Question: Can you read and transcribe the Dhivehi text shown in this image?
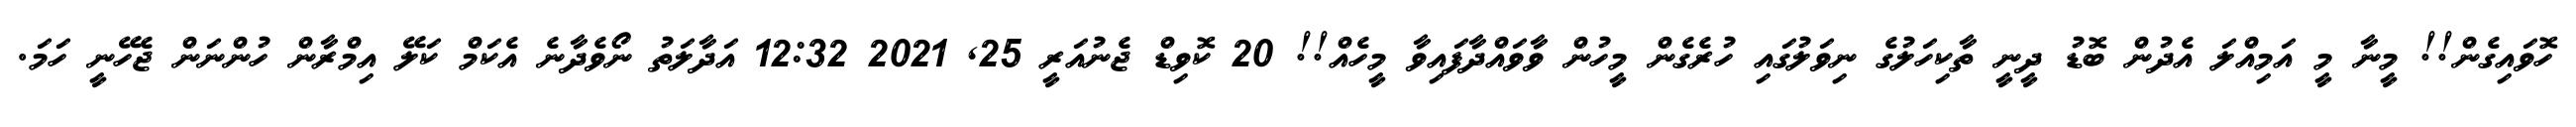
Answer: ހޮވައިގެން!! މީނާ މީ އަމިއްލަ އެދުން ބޮޑު ދީނީ ތާކިހަލުގެ ނިވަލުގައި ހުރެގެން މީހުން ވާވައްދާފައިވާ މީހެއް!! 20 ކޮވިޑް ޖެނުއަރީ 25, 2021 12:32 އަދާލަތު ނޯވެދާނެ އެކަމް ކަލޭ އިމްރާން ހުންނަން ޖެހޭނީ ހަމަ.